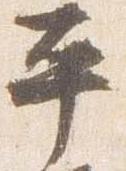
平